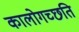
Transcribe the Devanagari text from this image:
कालोगच्छति